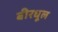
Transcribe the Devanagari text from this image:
बीरधूल